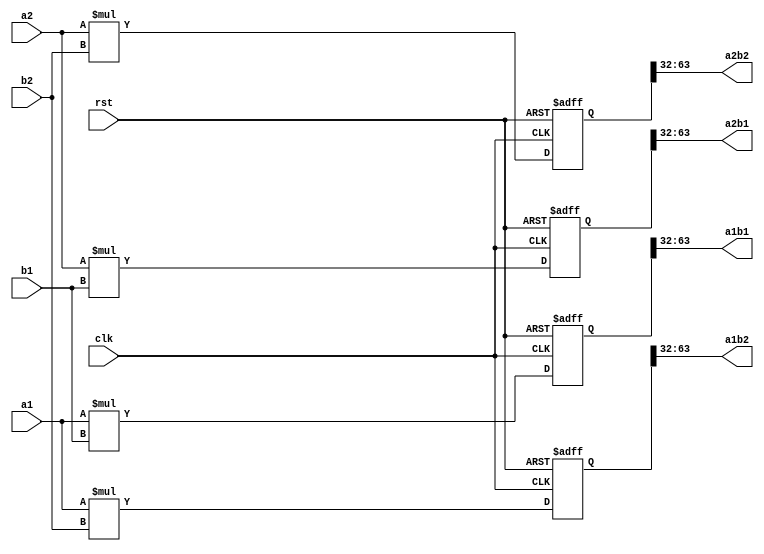
module prodtwo(
    input clk, rst,

    input signed [4:-27] a1,
    input signed [4:-27] a2,
    input signed [4:-27] b1,
    input signed [4:-27] b2,

    output signed [9:-22] a1b1,
    output signed [9:-22] a2b2,
    output signed [9:-22] a1b2,
    output signed [9:-22] a2b1
);

reg signed [9:-54] aux_a1b1;
reg signed [9:-54] aux_a2b2;
reg signed [9:-54] aux_a1b2;
reg signed [9:-54] aux_a2b1;

always@(posedge clk, negedge rst)
begin
    if(!rst) 
        begin
            aux_a1b1 <= 0;
            aux_a2b2 <= 0;
            aux_a1b2 <= 0;
            aux_a2b1 <= 0;
        end
    else
        begin
            aux_a1b1 <= a1*b1;
            aux_a2b2 <= a2*b2;
            aux_a1b2 <= a1*b2;
            aux_a2b1 <= a2*b1;
        end
end

assign a1b1 = aux_a1b1[9:-22];
assign a2b2 = aux_a2b2[9:-22];
assign a1b2 = aux_a1b2[9:-22];
assign a2b1 = aux_a2b1[9:-22];

endmodule